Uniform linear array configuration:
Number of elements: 24
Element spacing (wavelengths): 0.5
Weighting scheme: uniform
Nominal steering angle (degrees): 0
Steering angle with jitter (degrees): -1.365
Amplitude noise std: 0.05
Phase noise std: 0.05

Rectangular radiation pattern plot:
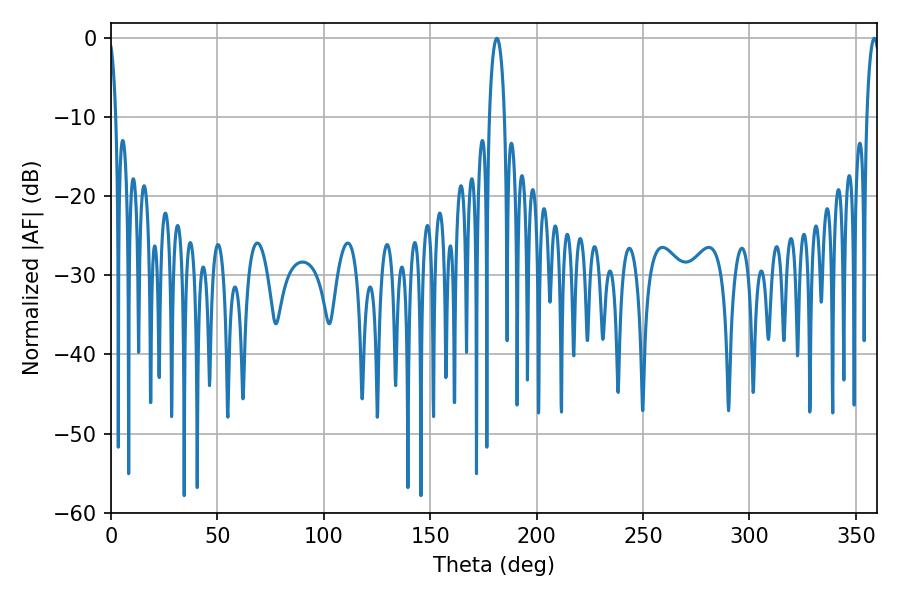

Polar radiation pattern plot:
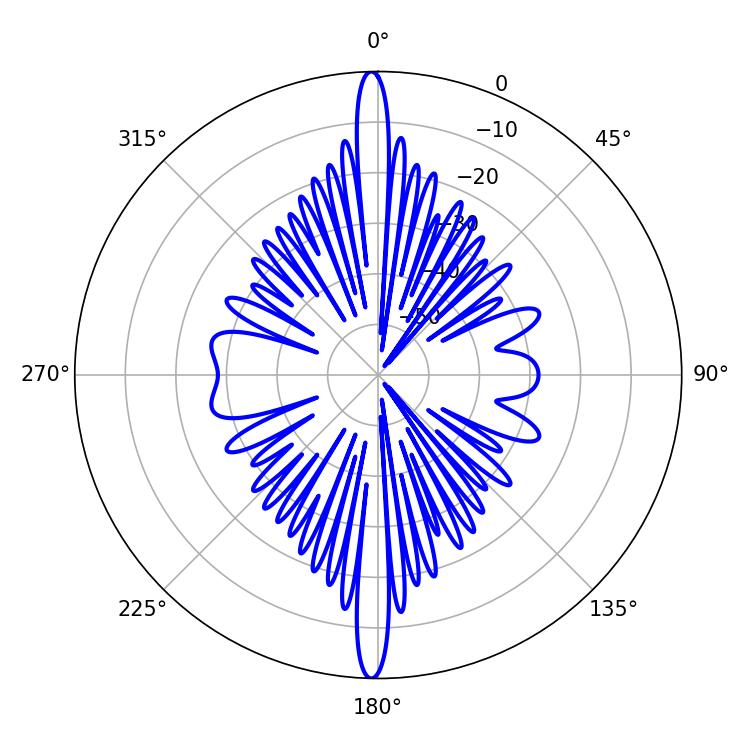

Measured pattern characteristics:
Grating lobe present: FALSE
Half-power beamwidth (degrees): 4.14
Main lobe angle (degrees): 181.26